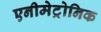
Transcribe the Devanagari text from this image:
एनीमेट्रोनिक